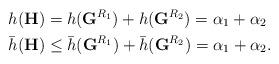
LaTeX: \begin{align*}h(\mathbf{H}) &= h(\mathbf{G}^{R_1})+h(\mathbf{G}^{R_2}) = \alpha_1+\alpha_2 \\ \bar h(\mathbf{H}) &\leq \bar h(\mathbf{G}^{R_1}) + \bar h(\mathbf{G}^{R_2})=\alpha_1+\alpha_2.\end{align*}